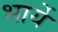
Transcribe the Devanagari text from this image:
भार्ये